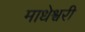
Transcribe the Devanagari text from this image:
माधेश्वरी